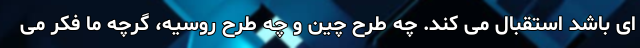
ای باشد استقبال می کند. چه طرح چین و چه طرح روسیه، گرچه ما فکر می